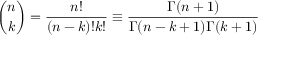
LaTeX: { \binom { n } { k } } = { \frac { n ! } { ( n - k ) ! k ! } } \equiv { \frac { \Gamma ( n + 1 ) } { \Gamma ( n - k + 1 ) \Gamma ( k + 1 ) } }